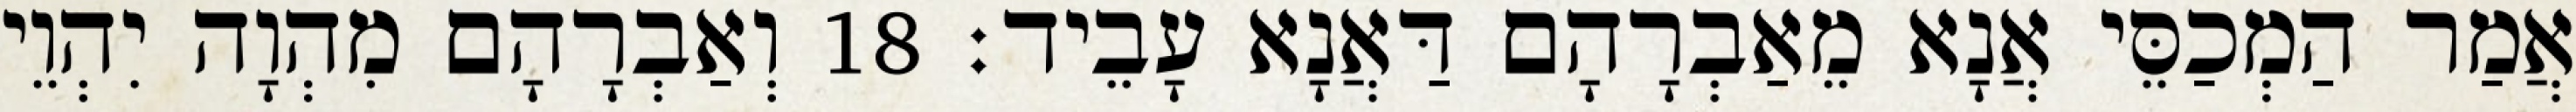
אֲמַר הַמְכַסֵּי אֲנָא מֵאַבְרָהָם דַּאֲנָא עָבֵיד׃ 18 וְאַבְרָהָם מִהְוָה יִהְוֵי